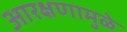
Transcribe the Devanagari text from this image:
आरक्षणामुळे